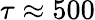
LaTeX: \tau\approx 500